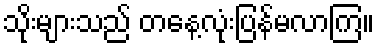
သိုးများသည် တနေ့လုံးပြန်မလာကြ။